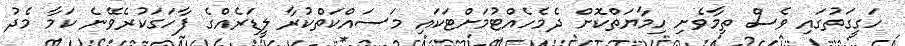
ހަގީގަތުގައި ވެސް ތިމާވެށި ހިމާޔަތްކޮށް ދެމެހެއްޓުމަށްޓަކައި މަސައްކަތްކުރާ ލީޑަރެއްގެ ފާހަގަކުރެވޭނެ ކަމާ މެދު